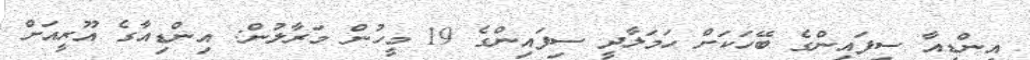
އިންޑިއާ ސިފައިންގެ ބޭހަކަށް ހަމަލާދީ ސިފައިންގެ 19 މީހުން މަރާލުން: އިންޑިއާގެ އޫރީއަށް